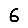
Digit: 6